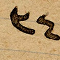
٣٤